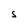
Character: S